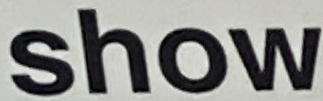
show